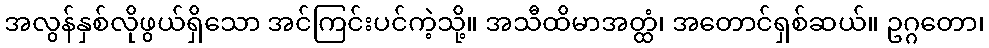
အလွန်နှစ်လိုဖွယ်ရှိသော အင်ကြင်းပင်ကဲ့သို့။ အသီထိမာအတ္ထံ၊ အတောင်ရှစ်ဆယ်။ ဥဂ္ဂတော၊